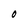
Character: O